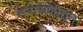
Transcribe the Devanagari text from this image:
तपासणीतून